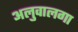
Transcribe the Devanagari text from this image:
अलुवालगा